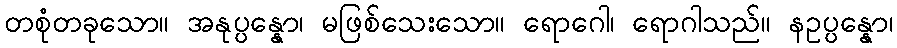
တစုံတခုသော။ အနုပ္ပန္နော၊ မဖြစ်သေးသော။ ရောဂေါ၊ ရောဂါသည်။ နဥပ္ပန္နော၊